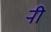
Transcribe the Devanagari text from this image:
र्‍ाी